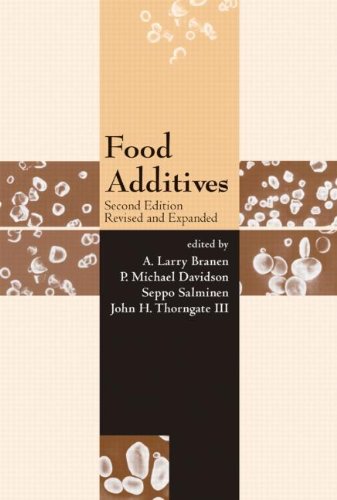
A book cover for Food Additives (Food Science and Technology); Health, Fitness & Dieting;